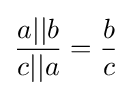
{\frac {a||b}{c||a}}={\frac {b}{c}}